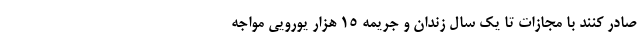
صادر کنند با مجازات تا یک سال زندان و جریمه ۱۵ هزار یورویی مواجه